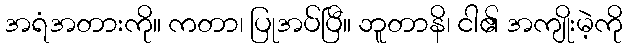
အရံအတားကို။ ကတာ၊ ပြုအပ်ပြီ။ ဘူတာနိ၊ ငါ၏ အကျိုးမဲ့ကို